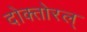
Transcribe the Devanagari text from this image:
दोक्तोरल्